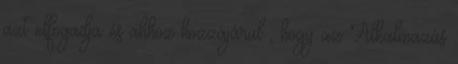
azt elfogadja és ahhoz hozzájárul , hogy az Alkalmazás